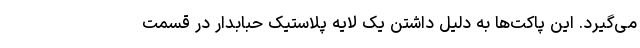
می‌گیرد. این پاکت‌ها به دلیل داشتن یک لایه پلاستیک حبابدار در قسمت